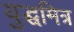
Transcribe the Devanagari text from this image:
युद्धमित्र